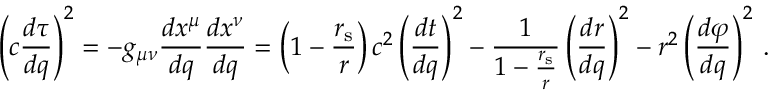
\left( c { \frac { d \tau } { d q } } \right) ^ { 2 } = - g _ { \mu \nu } { \frac { d x ^ { \mu } } { d q } } { \frac { d x ^ { \nu } } { d q } } = \left( 1 - { \frac { r _ { \mathrm { { s } } } } { r } } \right) c ^ { 2 } \left( { \frac { d t } { d q } } \right) ^ { 2 } - { \frac { 1 } { 1 - { \frac { r _ { \mathrm { { s } } } } { r } } } } \left( { \frac { d r } { d q } } \right) ^ { 2 } - r ^ { 2 } \left( { \frac { d \varphi } { d q } } \right) ^ { 2 } \, .